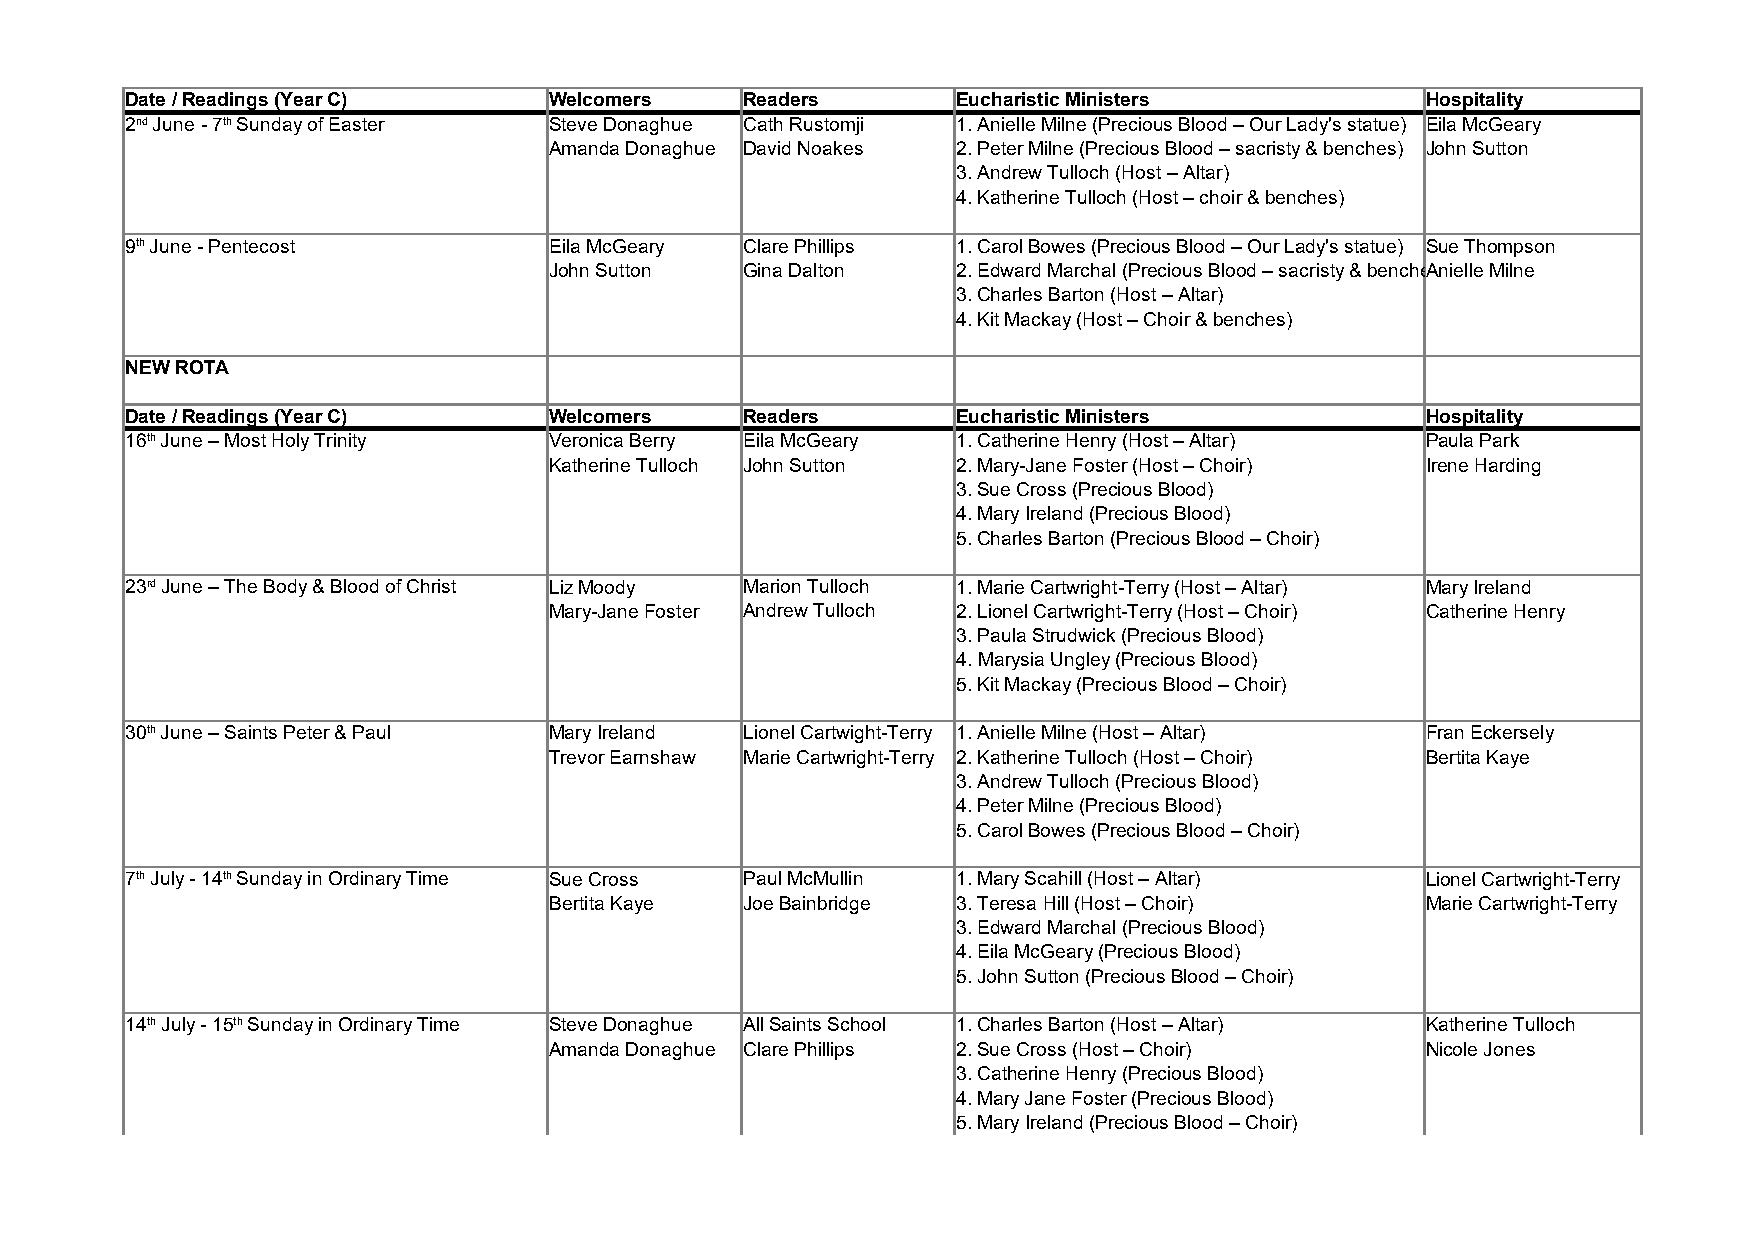
Date / Readings (Year C)    Welcomers    Readers       Eucharistic Ministers          Hospitality
 2nd June - 7th Sunday of Easter Steve Donaghue Cath Rustomji 1. Anielle Milne (Precious Blood – Our Lady's statue) Eila McGeary
 Amanda Donaghue David Noakes 2. Peter Milne (Precious Blood – sacristy & benches) John Sutton
 3. Andrew Tulloch (Host – Altar)
 4. Katherine Tulloch (Host – choir & benches)
 9th June - Pentecost        Eila McGeary Clare Phillips 1. Carol Bowes (Precious Blood – Our Lady's statue) Sue Thompson
 John Sutton  Gina Dalton   2. Edward Marchal (Precious Blood – sacristy & bencheAsn)ielle Milne
 3. Charles Barton (Host – Altar)
 4. Kit Mackay (Host – Choir & benches)
 NEW ROTA
 Date / Readings (Year C)    Welcomers    Readers       Eucharistic Ministers          Hospitality
 16th June – Most Holy Trinity Veronica Berry Eila McGeary 1. Catherine Henry (Host – Altar) Paula Park
 Katherine Tulloch John Sutton 2. Mary-Jane Foster (Host – Choir) Irene Harding
 3. Sue Cross (Precious Blood)
 4. Mary Ireland (Precious Blood)
 5. Charles Barton (Precious Blood – Choir)
 23rd June – The Body & Blood of Christ Liz Moody Marion Tulloch 1. Marie Cartwright-Terry (Host – Altar) Mary Ireland
 Mary-Jane Foster Andrew Tulloch 2. Lionel Cartwright-Terry (Host – Choir) Catherine Henry
 3. Paula Strudwick (Precious Blood)
 4. Marysia Ungley (Precious Blood)
 5. Kit Mackay (Precious Blood – Choir)
 30th June – Saints Peter & Paul Mary Ireland Lionel Cartwight-Terry 1. Anielle Milne (Host – Altar) Fran Eckersely
 Trevor Earnshaw Marie Cartwright-Terry 2. Katherine Tulloch (Host – Choir) Bertita Kaye
 3. Andrew Tulloch (Precious Blood)
 4. Peter Milne (Precious Blood)
 5. Carol Bowes (Precious Blood – Choir)
 7th July - 14th Sunday in Ordinary Time Sue Cross Paul McMullin 1. Mary Scahill (Host – Altar) Lionel Cartwright-Terry
 Bertita Kaye Joe Bainbridge 3. Teresa Hill (Host – Choir) Marie Cartwright-Terry
 3. Edward Marchal (Precious Blood)
 4. Eila McGeary (Precious Blood)
 5. John Sutton (Precious Blood – Choir)
 14th July - 15th Sunday in Ordinary Time Steve Donaghue All Saints School 1. Charles Barton (Host – Altar) Katherine Tulloch
 Amanda Donaghue Clare Phillips 2. Sue Cross (Host – Choir) Nicole Jones
 3. Catherine Henry (Precious Blood)
 4. Mary Jane Foster (Precious Blood)
 5. Mary Ireland (Precious Blood – Choir)